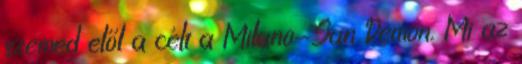
szemed elől a célt a Milano-San Remon. Mi az